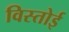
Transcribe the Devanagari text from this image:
विस्तोई